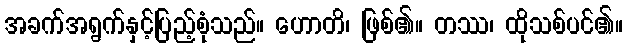
အခက်အရွက်နှင့်ပြည့်စုံသည်။ ဟောတိ၊ ဖြစ်၏။ တဿ၊ ထိုသစ်ပင်၏။